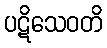
ပဋိသေဝတိ